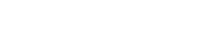
မြင်း ၃ မျိုး ၃စားရှိသည်။